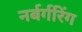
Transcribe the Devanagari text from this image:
नर्बर्गरिंग